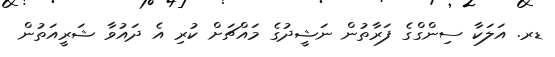
ޑރ. އަލަކާ ސިންގްގެ ފަރާތުން ނަޝީދުގެ މައްޗަށް ކުރި އެ ދައުވާ ޝަރީއަތުން